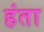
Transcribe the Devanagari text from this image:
हंता